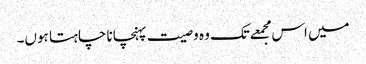
میں اس مجمعےتک وہ وصیت پہنچانا چاہتا ہوں۔